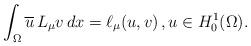
LaTeX: \begin{align*} \int_\Omega \overline{u}\,L_{\mu}v\, dx=\ell_{\mu}(u,v) \,,u\in H^1_0(\Omega).\end{align*}